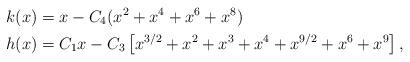
LaTeX: \begin{align*}k(x) &= x-C_4(x^2+x^4+x^6+x^8) \\h(x) &= C_1x-C_3\left[ x^{3/2} +x^{2}+x^{3} + x^{4} + x^{9/2} + x^{6} + x^{9}\right],\end{align*}